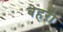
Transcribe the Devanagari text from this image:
बेहरी